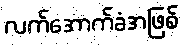
လက်အောက်ခံအဖြစ်